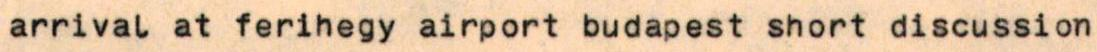
arrival at ferihegy airport budapest short discussion